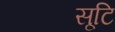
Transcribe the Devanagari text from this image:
सृ्टि